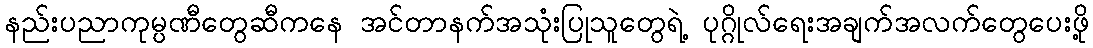
နည်းပညာကုမ္ပဏီတွေဆီကနေ အင်တာနက်အသုံးပြုသူတွေရဲ့ ပုဂ္ဂိုလ်ရေးအချက်အလက်တွေပေးဖို့